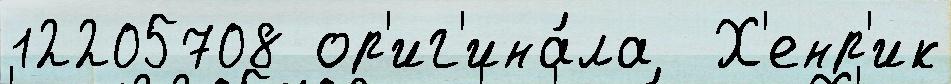
12205708 ор'иг'ина́ла  Х'енр'ик